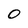
Character: 0